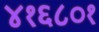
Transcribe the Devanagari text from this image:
४१६८०१